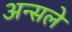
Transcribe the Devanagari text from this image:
अन्सले